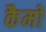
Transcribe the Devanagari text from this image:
कैमो